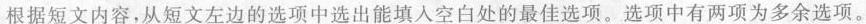
根据短文内容，从短文左边的选项中选出能填入空白处的最佳选项，选项中有两项为多余选项。